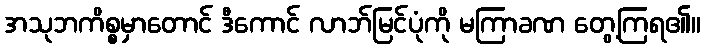
အသုဘကိစ္စမှာတောင် ဒီကောင် လာဘ်မြင်ပုံကို မကြာခဏ တွေ့ကြရ၏။